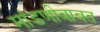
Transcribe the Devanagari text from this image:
मांडणीबाबत